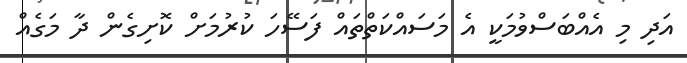
އަދި މި އެއްބަސްވުމަކީ އެ މަސައްކަތްތައް ފަސޭހަ ކުރުމަށް ކޮށިގެން ދާ މަގެއް